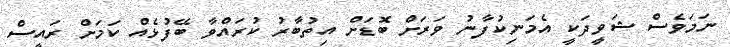
ނަމަވެސް ޝަވީދަކީ އެމަނިކުފާނު ވަރަށް ބޮޑަށް އިތުބާރު ކުރައްވާ ބޭފުޅެއް ކަމަށް ރައީސް